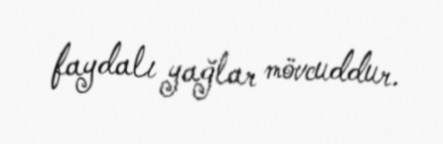
faydalı yağlar mövcuddur.